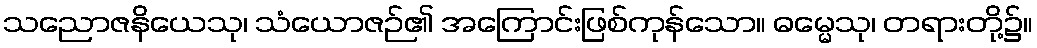
သညောဇနိယေသု၊ သံယောဇဉ်၏ အကြောင်းဖြစ်ကုန်သော။ ဓမ္မေသု၊ တရားတို့၌။